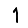
Digit: 1